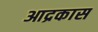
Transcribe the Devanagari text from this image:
आद्रकास